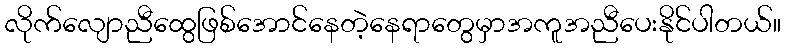
လိုက်လျောညီထွေဖြစ်အောင်နေတဲ့နေရာတွေမှာအကူအညီပေးနိုင်ပါတယ်။